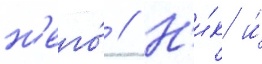
н'его́ // Н'и́к и́